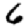
Digit: 6